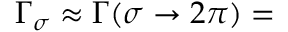
\Gamma _ { \sigma } \approx \Gamma ( \sigma \rightarrow 2 \pi ) =